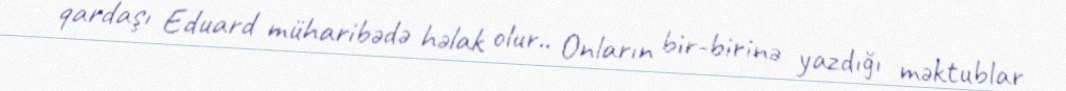
qardaşı Eduard müharibədə həlak olur.. Onların bir-birinə yazdığı məktublar